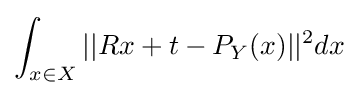
\int _{x\in X}||Rx+t-P_{Y}(x)||^{2}dx